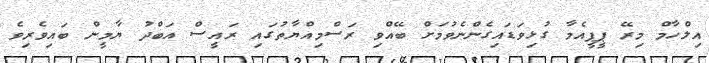
އިލްހާމް މިރޭ ޕީޕީއެމާ ގުޅިވަޑައިގެންނެވުމަށް ބޭއްވި ރަސްމިއްޔާތުގައި ރައީސް އަބްދު ޔާމީން ބައިވެރިވެ